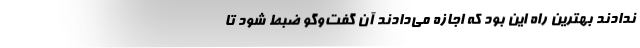
ندادند بهترین راه این بود که اجازه می‌دادند آن گفت‌وگو ضبط شود تا